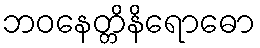
ဘဝနေတ္တိနိရောဓော